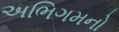
અભિગમનો